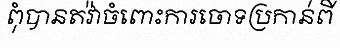
ពុំបានតវ៉ាចំពោះការចោទប្រកាន់ពី